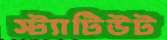
স্ট্যাটিউট